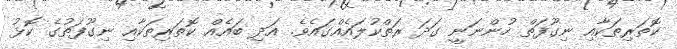
ކޮތަރިތަކާއި ނިގޫފަތް ހުންނަނީ ގަދަ ރަތްކުލައެއްގައެވެ. އަދި ބައެއް ކޮތަރިތަކާއި ނިގޫފަތުގެ ކޮޅު